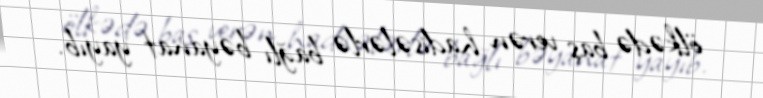
ölkədə baş verən hadisələrlə bağlı bəyanat yayıb.